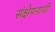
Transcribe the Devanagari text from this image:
संक्षेपनाची